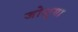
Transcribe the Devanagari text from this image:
जोशुया